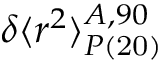
\delta \langle r ^ { 2 } \rangle _ { P \mathrm { ( 2 0 ) } } ^ { A , 9 0 }